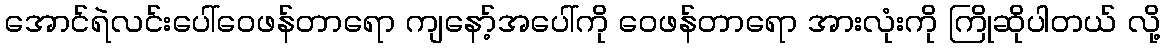
အောင်ရဲလင်းပေါ်ဝေဖန်တာရော ကျနော့်အပေါ်ကို ဝေဖန်တာရော အားလုံးကို ကြိုဆိုပါတယ် လို့